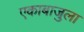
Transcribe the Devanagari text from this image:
एकाबाजुला